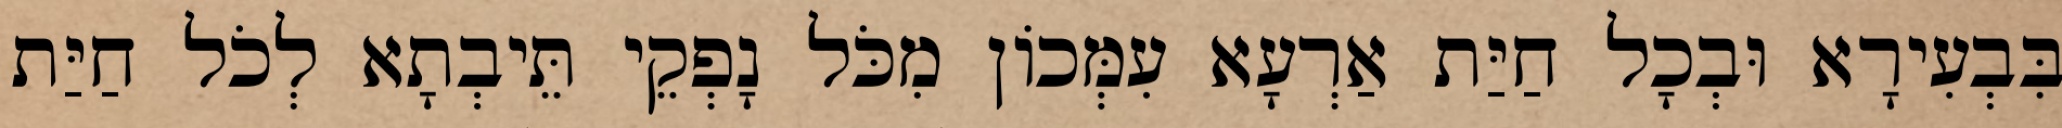
בִּבְעִירָא וּבְכָל חַיַּת אַרְעָא עִמְּכוֹן מִכֹּל נָפְקֵי תֵּיבְתָא לְכֹל חַיַּת